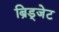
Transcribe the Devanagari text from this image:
ब्रिड्जेट